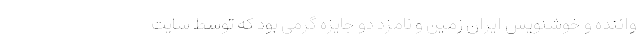
واننده و خوشنویس ایران زمین و نامزد دو جایزه گرمی بود که توسط سایت